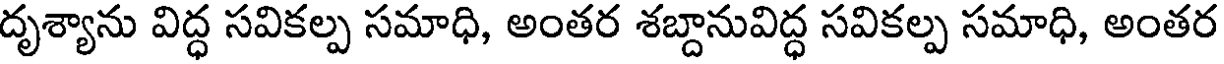
దృశ్యాను విద్ధ సవికల్ప సమాధి, అంతర శబ్దానువిద్ధ సవికల్ప సమాధి, అంతర